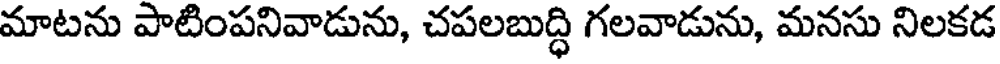
మాటను పాటింపనివాడును, చపలబుద్ధి గలవాడును, మనసు నిలకడ